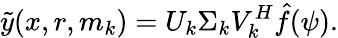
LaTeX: \tilde{y}(x,r,m_{k})=U_{k}\Sigma_{k}V_{k}^{H}\hat{f}(\psi).